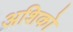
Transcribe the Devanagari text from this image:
अशिको